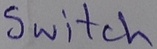
Text: Switch